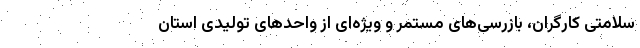
سلامتی کارگران، بازرسی‌های مستمر و ویژه‌ای از واحدهای تولیدی استان